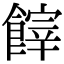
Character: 𩝪